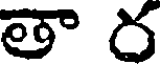
తా ర